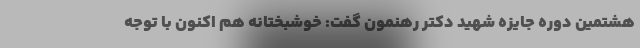
هشتمین دوره جایزه شهید دکتر رهنمون گفت: خوشبختانه هم اکنون با توجه